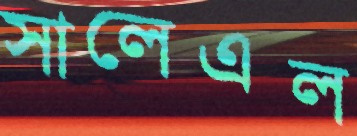
সালেএল